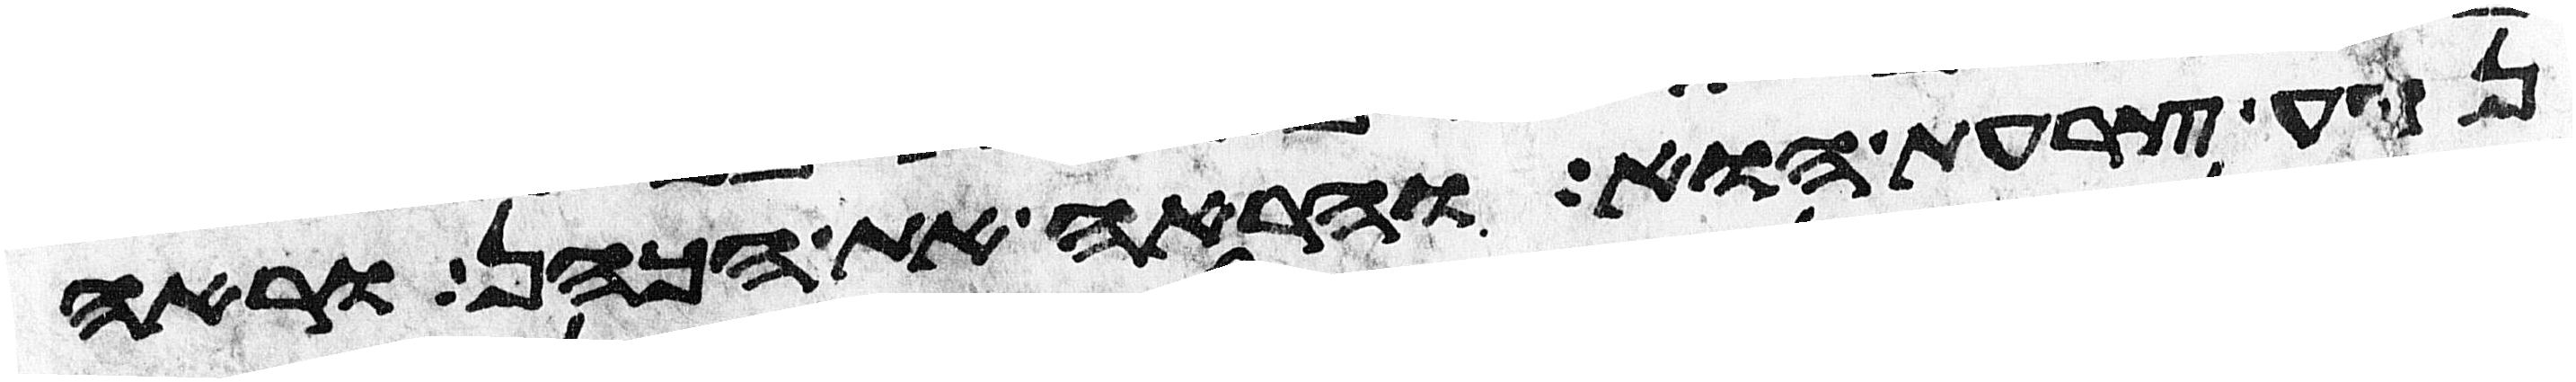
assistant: נגע צרעת הוא והראה את הכהן וראה